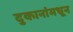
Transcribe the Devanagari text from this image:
दुकानांमधून